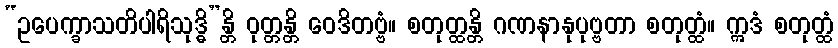
“ဥပေက္ခာသတိပါရိသုဒ္ဓိ”န္တိ ဝုတ္တန္တိ ဝေဒိတဗ္ဗံ။ စတုတ္ထန္တိ ဂဏနာနုပုဗ္ဗတာ စတုတ္ထံ။ ဣဒံ စတုတ္ထံ